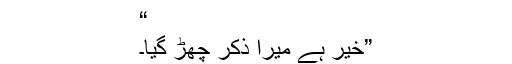
“
”خیر ہے میرا ذکر چھڑ گیا۔